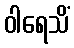
ဝါရေသိံ